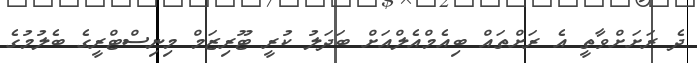
ދެ ރަށަށްވާތީ އެ ރަށްތައް ބިއެމްއެލްއަށް ބަދަލު ކުރީ ޓޫރިޒަމް މިނިސްޓްރީގެ ބެލުމުގެ